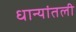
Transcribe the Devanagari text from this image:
धान्यांतली